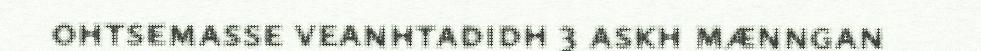
ohtsemasse veanhtadidh 3 askh mænngan